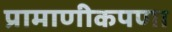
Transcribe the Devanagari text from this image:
प्रामाणीकपणा